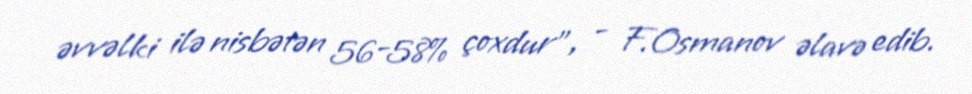
əvvəlki ilə nisbətən 56-58% çoxdur”, - F.Osmanov əlavə edib.